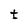
Character: t